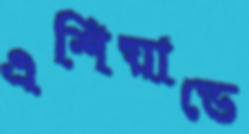
এশিয়াডে